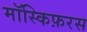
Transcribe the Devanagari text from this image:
मॉस्किफ़रस